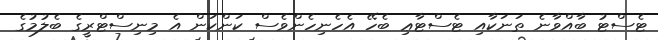
ޓެސްޓު ބާއްވާނެ ތަނަކާއި ޓެސްޓާޢި ބެހޭ އެހެނިހެންވެސް ކަންކަން އެ މިނިސްޓްރީގެ ބެލުމުގެ